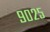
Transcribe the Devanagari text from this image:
९०२५